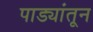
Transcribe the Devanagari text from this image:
पाड्यांतून